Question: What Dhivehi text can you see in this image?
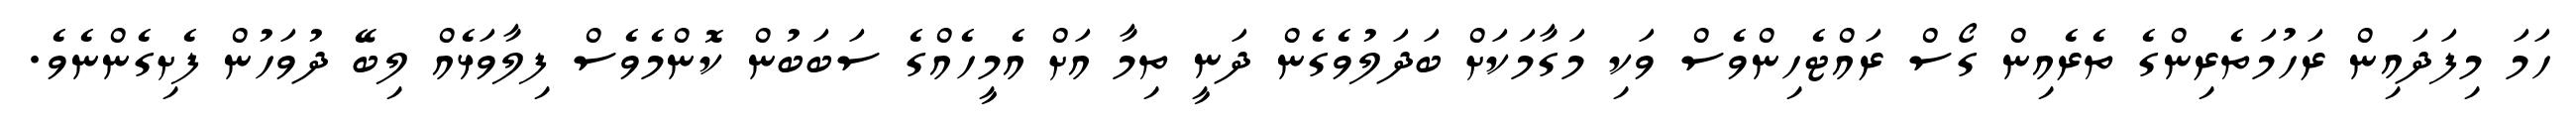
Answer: ހަމަ މިފަދައިން ރަހުމަތެރިންގެ ތެރެއިން ގޯސް ރައްޓެހިންވެސް ވަކި މަގާމަކަށް ބަދަލުވެގެން ދަނީ ތިމާ އަށް އެމީހެއްގެ ސަބަބުން ކޮންމެވެސް ފިލާވަޅެއް ލިބޭ ދުވަހުން ފެށިގެންނެވެ.